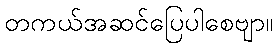
တကယ်အဆင်ပြေပါစေဗျာ။